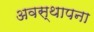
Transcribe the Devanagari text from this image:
अवस्‍थापना